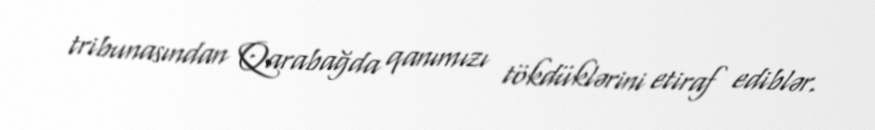
tribunasından Qarabağda qanımızı tökdüklərini etiraf ediblər.